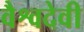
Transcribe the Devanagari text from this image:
वैश्वदेवी